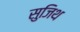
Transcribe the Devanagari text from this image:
सुजिथ